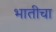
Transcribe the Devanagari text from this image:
भातीचा